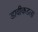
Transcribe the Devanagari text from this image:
डावीकडला